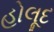
હોલૂદ